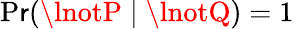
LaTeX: \operatorname*{P\mathsf{r}}(\lnotP\mid\lnotQ)=1